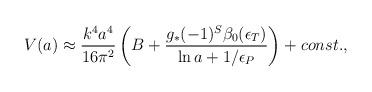
LaTeX: \begin{align*}{V}(a) \approx {k^4 a^4 \over 16\pi^2}\left(B + {g_*(-1)^{S}\beta_0(\epsilon_T) \over \ln a+{1/\epsilon_P}}\right)+ const.,\end{align*}